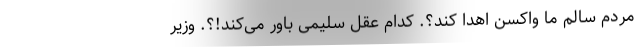
مردم سالم ما واکسن اهدا کند؟. کدام عقل سلیمی باور می‌کند!؟. وزیر